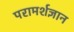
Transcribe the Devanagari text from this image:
परामर्शज्ञान